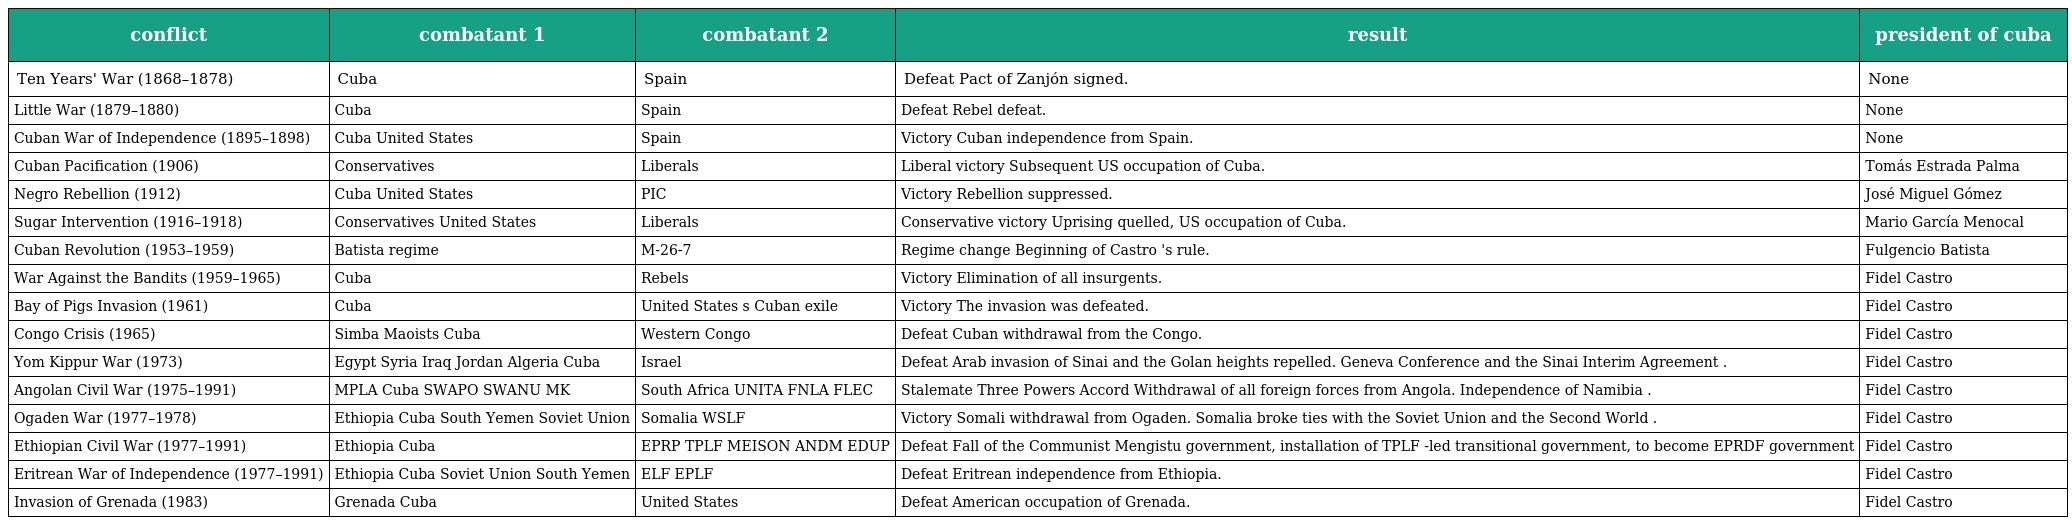
| conflict | combatant 1 | combatant 2 | result | president of cuba |
 | --- | --- | --- | --- | --- |
 | Ten Years' War (1868–1878) | Cuba | Spain | Defeat Pact of Zanjón signed. | None |
 | Little War (1879–1880) | Cuba | Spain | Defeat Rebel defeat. | None |
 | Cuban War of Independence (1895–1898) | Cuba United States | Spain | Victory Cuban independence from Spain. | None |
 | Cuban Pacification (1906) | Conservatives | Liberals | Liberal victory Subsequent US occupation of Cuba. | Tomás Estrada Palma |
 | Negro Rebellion (1912) | Cuba United States | PIC | Victory Rebellion suppressed. | José Miguel Gómez |
 | Sugar Intervention (1916–1918) | Conservatives United States | Liberals | Conservative victory Uprising quelled, US occupation of Cuba. | Mario García Menocal |
 | Cuban Revolution (1953–1959) | Batista regime | M-26-7 | Regime change Beginning of Castro 's rule. | Fulgencio Batista |
 | War Against the Bandits (1959–1965) | Cuba | Rebels | Victory Elimination of all insurgents. | Fidel Castro |
 | Bay of Pigs Invasion (1961) | Cuba | United States s Cuban exile | Victory The invasion was defeated. | Fidel Castro |
 | Congo Crisis (1965) | Simba Maoists Cuba | Western Congo | Defeat Cuban withdrawal from the Congo. | Fidel Castro |
 | Yom Kippur War (1973) | Egypt Syria Iraq Jordan Algeria Cuba | Israel | Defeat Arab invasion of Sinai and the Golan heights repelled. Geneva Conference and the Sinai Interim Agreement . | Fidel Castro |
 | Angolan Civil War (1975–1991) | MPLA Cuba SWAPO SWANU MK | South Africa UNITA FNLA FLEC | Stalemate Three Powers Accord Withdrawal of all foreign forces from Angola. Independence of Namibia . | Fidel Castro |
 | Ogaden War (1977–1978) | Ethiopia Cuba South Yemen Soviet Union | Somalia WSLF | Victory Somali withdrawal from Ogaden. Somalia broke ties with the Soviet Union and the Second World . | Fidel Castro |
 | Ethiopian Civil War (1977–1991) | Ethiopia Cuba | EPRP TPLF MEISON ANDM EDUP | Defeat Fall of the Communist Mengistu government, installation of TPLF -led transitional government, to become EPRDF government | Fidel Castro |
 | Eritrean War of Independence (1977–1991) | Ethiopia Cuba Soviet Union South Yemen | ELF EPLF | Defeat Eritrean independence from Ethiopia. | Fidel Castro |
 | Invasion of Grenada (1983) | Grenada Cuba | United States | Defeat American occupation of Grenada. | Fidel Castro |